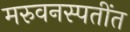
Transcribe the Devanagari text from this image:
मरुवनस्पतींत